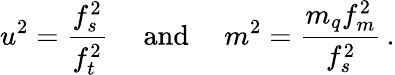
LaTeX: u^{2}={\frac{f_{s}^{2}}{f_{t}^{2}}}\quad\mathrm{~and~}\quad m^{2}={\frac{m_{q}f_{m}^{2}}{f_{s}^{2}}}\, .